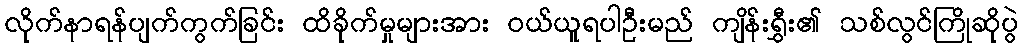
လိုက်နာရန်ပျက်ကွက်ခြင်း ထိခိုက်မှုများအား ဝယ်ယူရပါဦးမည် ကျိန်းရွှီး၏ သစ်လွင်ကြိုဆိုပွဲ